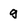
Character: q